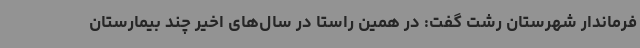
فرماندار شهرستان رشت گفت: در همین راستا در سال‌های اخیر چند بیمارستان